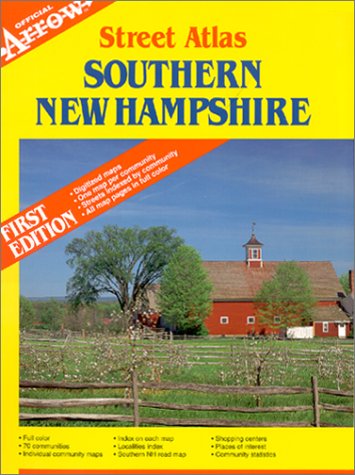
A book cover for Southern New Hampshire Street Atlas; Travel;